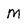
Character: M